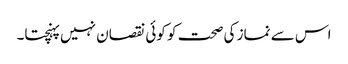
اس سے نماز کی صحت کو کوئی نقصان نہیں پہنچتا۔